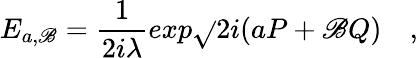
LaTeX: E_{a,\mathscr{B}}={\frac{{1}}{{2i\lambda}}}exp\sqrt{}{{2i}}(aP+\mathscr{B}Q)\quad,